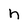
Character: n